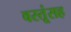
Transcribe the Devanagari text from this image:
वस्तूंसह